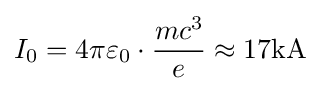
{I_{0}}=4\pi \varepsilon _{0}\cdot {\frac {mc^{3}}{e}}\approx 17\mathrm {kA}